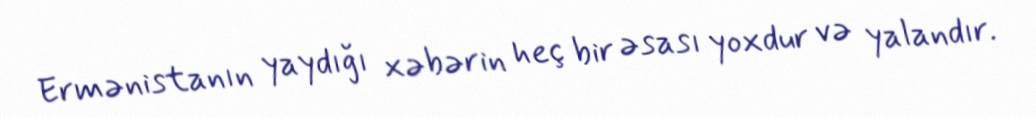
Ermənistanın yaydığı xəbərin heç bir əsası yoxdur və yalandır.